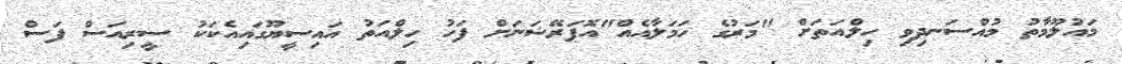
މައުލޫމާތު މުއްސަނދިވި ހިލްއަތަށް "މަރުގެ ހަމަލާއެއް"އޮޕަރޭޝަނަށް ފަހު ހިލްއަތު އައިސީޔޫގައިއެކަކު ސީރިއަސް ފަސް